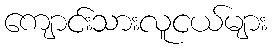
ကျောင်းသားလူငယ်များ